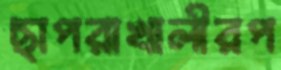
ছাপরাখালীরপ